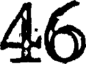
46